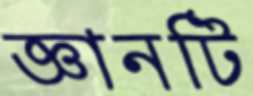
জ্ঞানটি